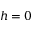
h = 0